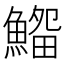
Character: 𩺜